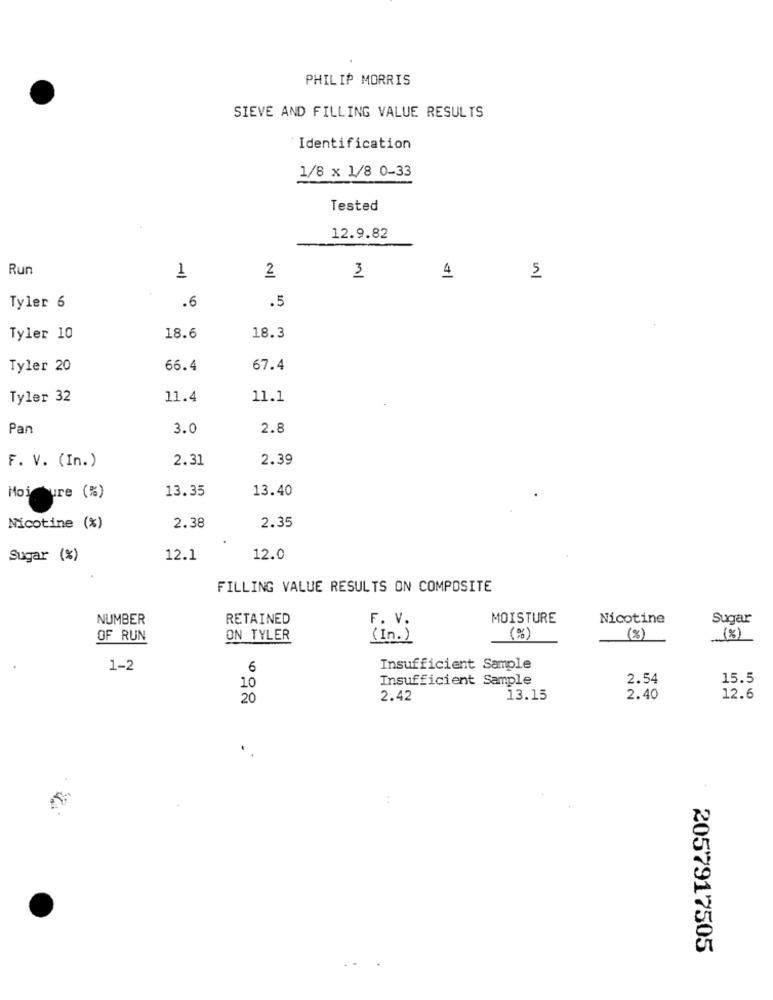
PHILIP MORRIS
SIEVE AND FILLING VALUE RESULTS
Identification
1/8 x 1/8 0-33
Tested
12.9.82
Run
1
2
3
4
5
.6
.5
Tyler 6
Tyler 10
18.6
18.3
Tyler 20
66.4
67.4
Tyler 32
11.4
11.1
Pan
3.0
2.8
2.31
2.39
F. V. (In.)
13.35
13.40
MojeSure (%)
Nicotine (%)
2.38
2.35
Sugar (%)
12.1
12.0
FILLING VALUE RESULTS ON COMPOSITE
NUMBER
RETAINED
MOISTURE
Nicotine
Sugar
F. V.
OF RUN
ON TYLER
( in. )
(%)
(%)
(8)
1-2
6
Insufficient Sample
Insufficient Sample
2.54
15.5
10
20
2.42
13.15
2.40
12.6
2057917505